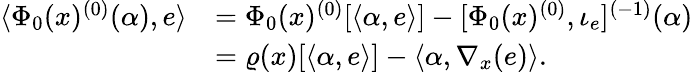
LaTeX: \begin{array}{rl}{\langle\Phi_{0}(x)^{(0)}(\alpha),e\rangle}&{=\Phi_{0}(x)^{(0)}[\langle\alpha,e\rangle]-[\Phi_{0}(x)^{(0)},\iota_{e}]^{(-1)}(\alpha)}\\ &{=\varrho(x)[\langle\alpha,e\rangle]-\langle\alpha,\nabla_{x}(e)\rangle.}\end{array}